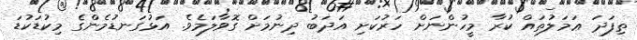
ތިފަދަ ޢަމަލުތައް ކުރާ މީހުންނަށް ހަރުކަށި އަދަބު ދިނުމަށް ގޮވާލަމެވެ. އަޅުގަނޑުމެންގެ މިކުޑަކުޑަ